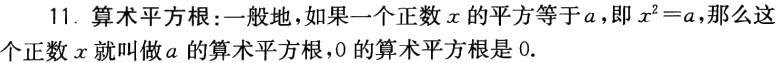
11. 算术平方根：一般地，如果一个正数\(x\)的平方等于\(a\)，即\(x^{2}=a\)，那么这个正数\(x\)就叫做\(a\)的算术平方根，\(0\)的算术平方根是\(0\).